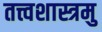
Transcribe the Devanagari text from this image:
तत्त्वशास्त्रमु